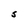
Character: S